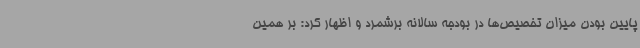
پایین بودن میزان تخصیص‌ها در بودجه سالانه برشمرد و اظهار کرد: بر همین